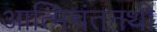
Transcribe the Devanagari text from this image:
आत्मिचंतनथी